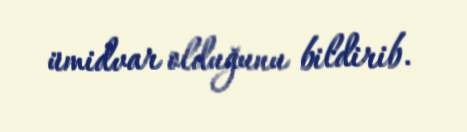
ümidvar olduğunu bildirib.